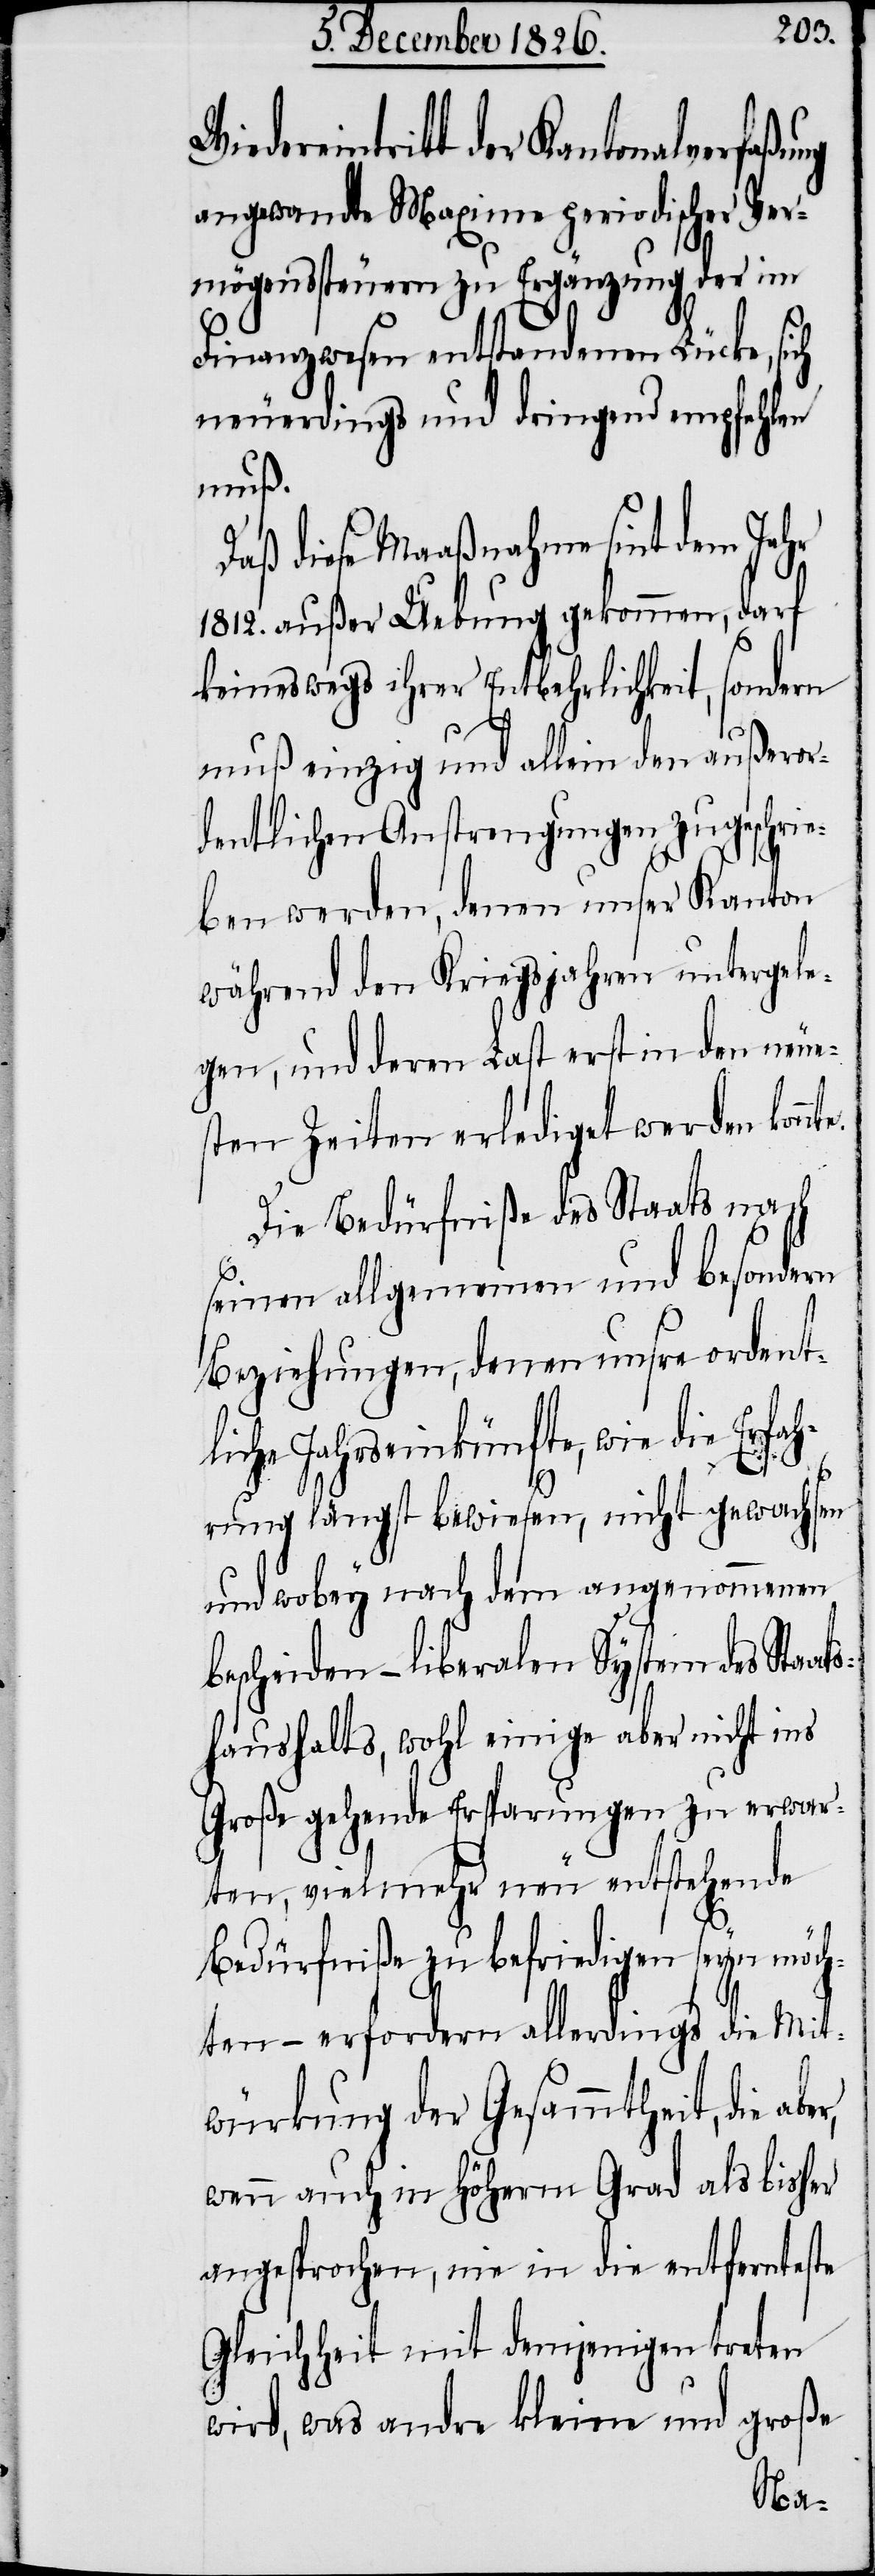
dereintritt der Kantonalverfaßu¬
angewandte Maxima periodischer Ver¬
mögenssteuern zu Ergänzung der im
Finanzwesen entstandenen Lücke, sich
neuerdings und dringend empfehlen
muß.
Daß diese Maaßnahme sint dem Jahr
1812. außer Uebung gekommen, darf
keineswegs ihrer Entbehrlichkeit, sondern
muß einzig und allein den außeror¬
dentlichen Anstrengungen zugeschrie¬
ben werden, denen unser Kanton
während den Kriegsjahren untergele¬
gen, und deren Last erst in den neue¬
sten Zeiten erlediget werden konnt¬
Die Bedürfniße des Staats nach
seinen allgemeinen und besondern
Beziehungen, denen unsre ordent¬
liche Jahreseinkünfte, wie die Erfah¬
rung längst bewiesen, nicht gewachsen
und wobey nach dem angenommenen
bescheiden-liberalen System des Staat¬
shaushalts, wohl einige aber nicht ins
Große gehende Ersparungen zu erwar¬
ten, vielmehr neu entstehende
e.
Bedürfniße zu befriedigen seyn möch¬
ten – erfordern allerdings die Mit¬
würkung der Gesammtheit, die
wenn auch in höherm Grad als bisher
angesprochen, nie in die entfernteste
Gleichheit mit demjenigen treten
wird, was andre kleine und große
Wie¬